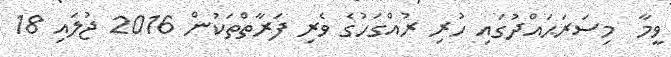
ވީމާ  މިސަރަޙައްދުގައި ހުރި ރުއްގަހުގެ ވެރި ފަރާތްތަކުން 2016 ޖުލައި 18